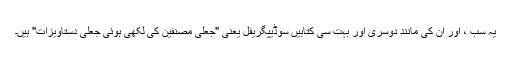
یہ سب ، اور اِن کی مانند دوسری اور بہت سی کتابیں سُوڈیپِگریفل یعنی "جعلی مصنفین کی لکھی ہوئی جعلی دستاویزات" ہیں۔